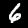
Label: 6